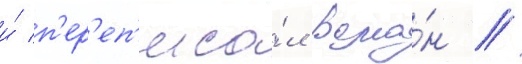
и́ п'ер'еп'иса́л рома́н //